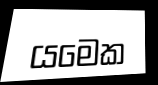
යමෙක